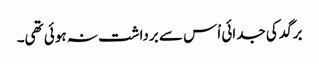
برگد کی جدائی اْس سے برداشت نہ ہوئی تھی۔